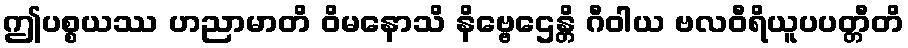
ဤပစ္စယဿ ဟညာမာတိ ဝိမနောသိ နိဗ္ဗေဌေန္တိ ဂီဝါယ ဗလဝီရိယူပပတ္တီတိ